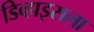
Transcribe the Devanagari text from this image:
डिव्हाइसला